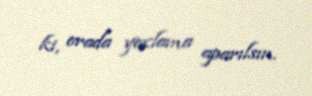
ki, orada yoxlama aparılsın.